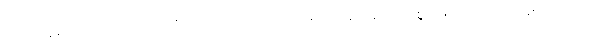
ပါရိဆတ္တကော၊ ပင်လယ်ကသစ်ပင်သည်။ ဇာလကဇာတော ဣဝ၊ ကောင်းစွာ ဖြစ်သော မထင်ရှားသေးသော